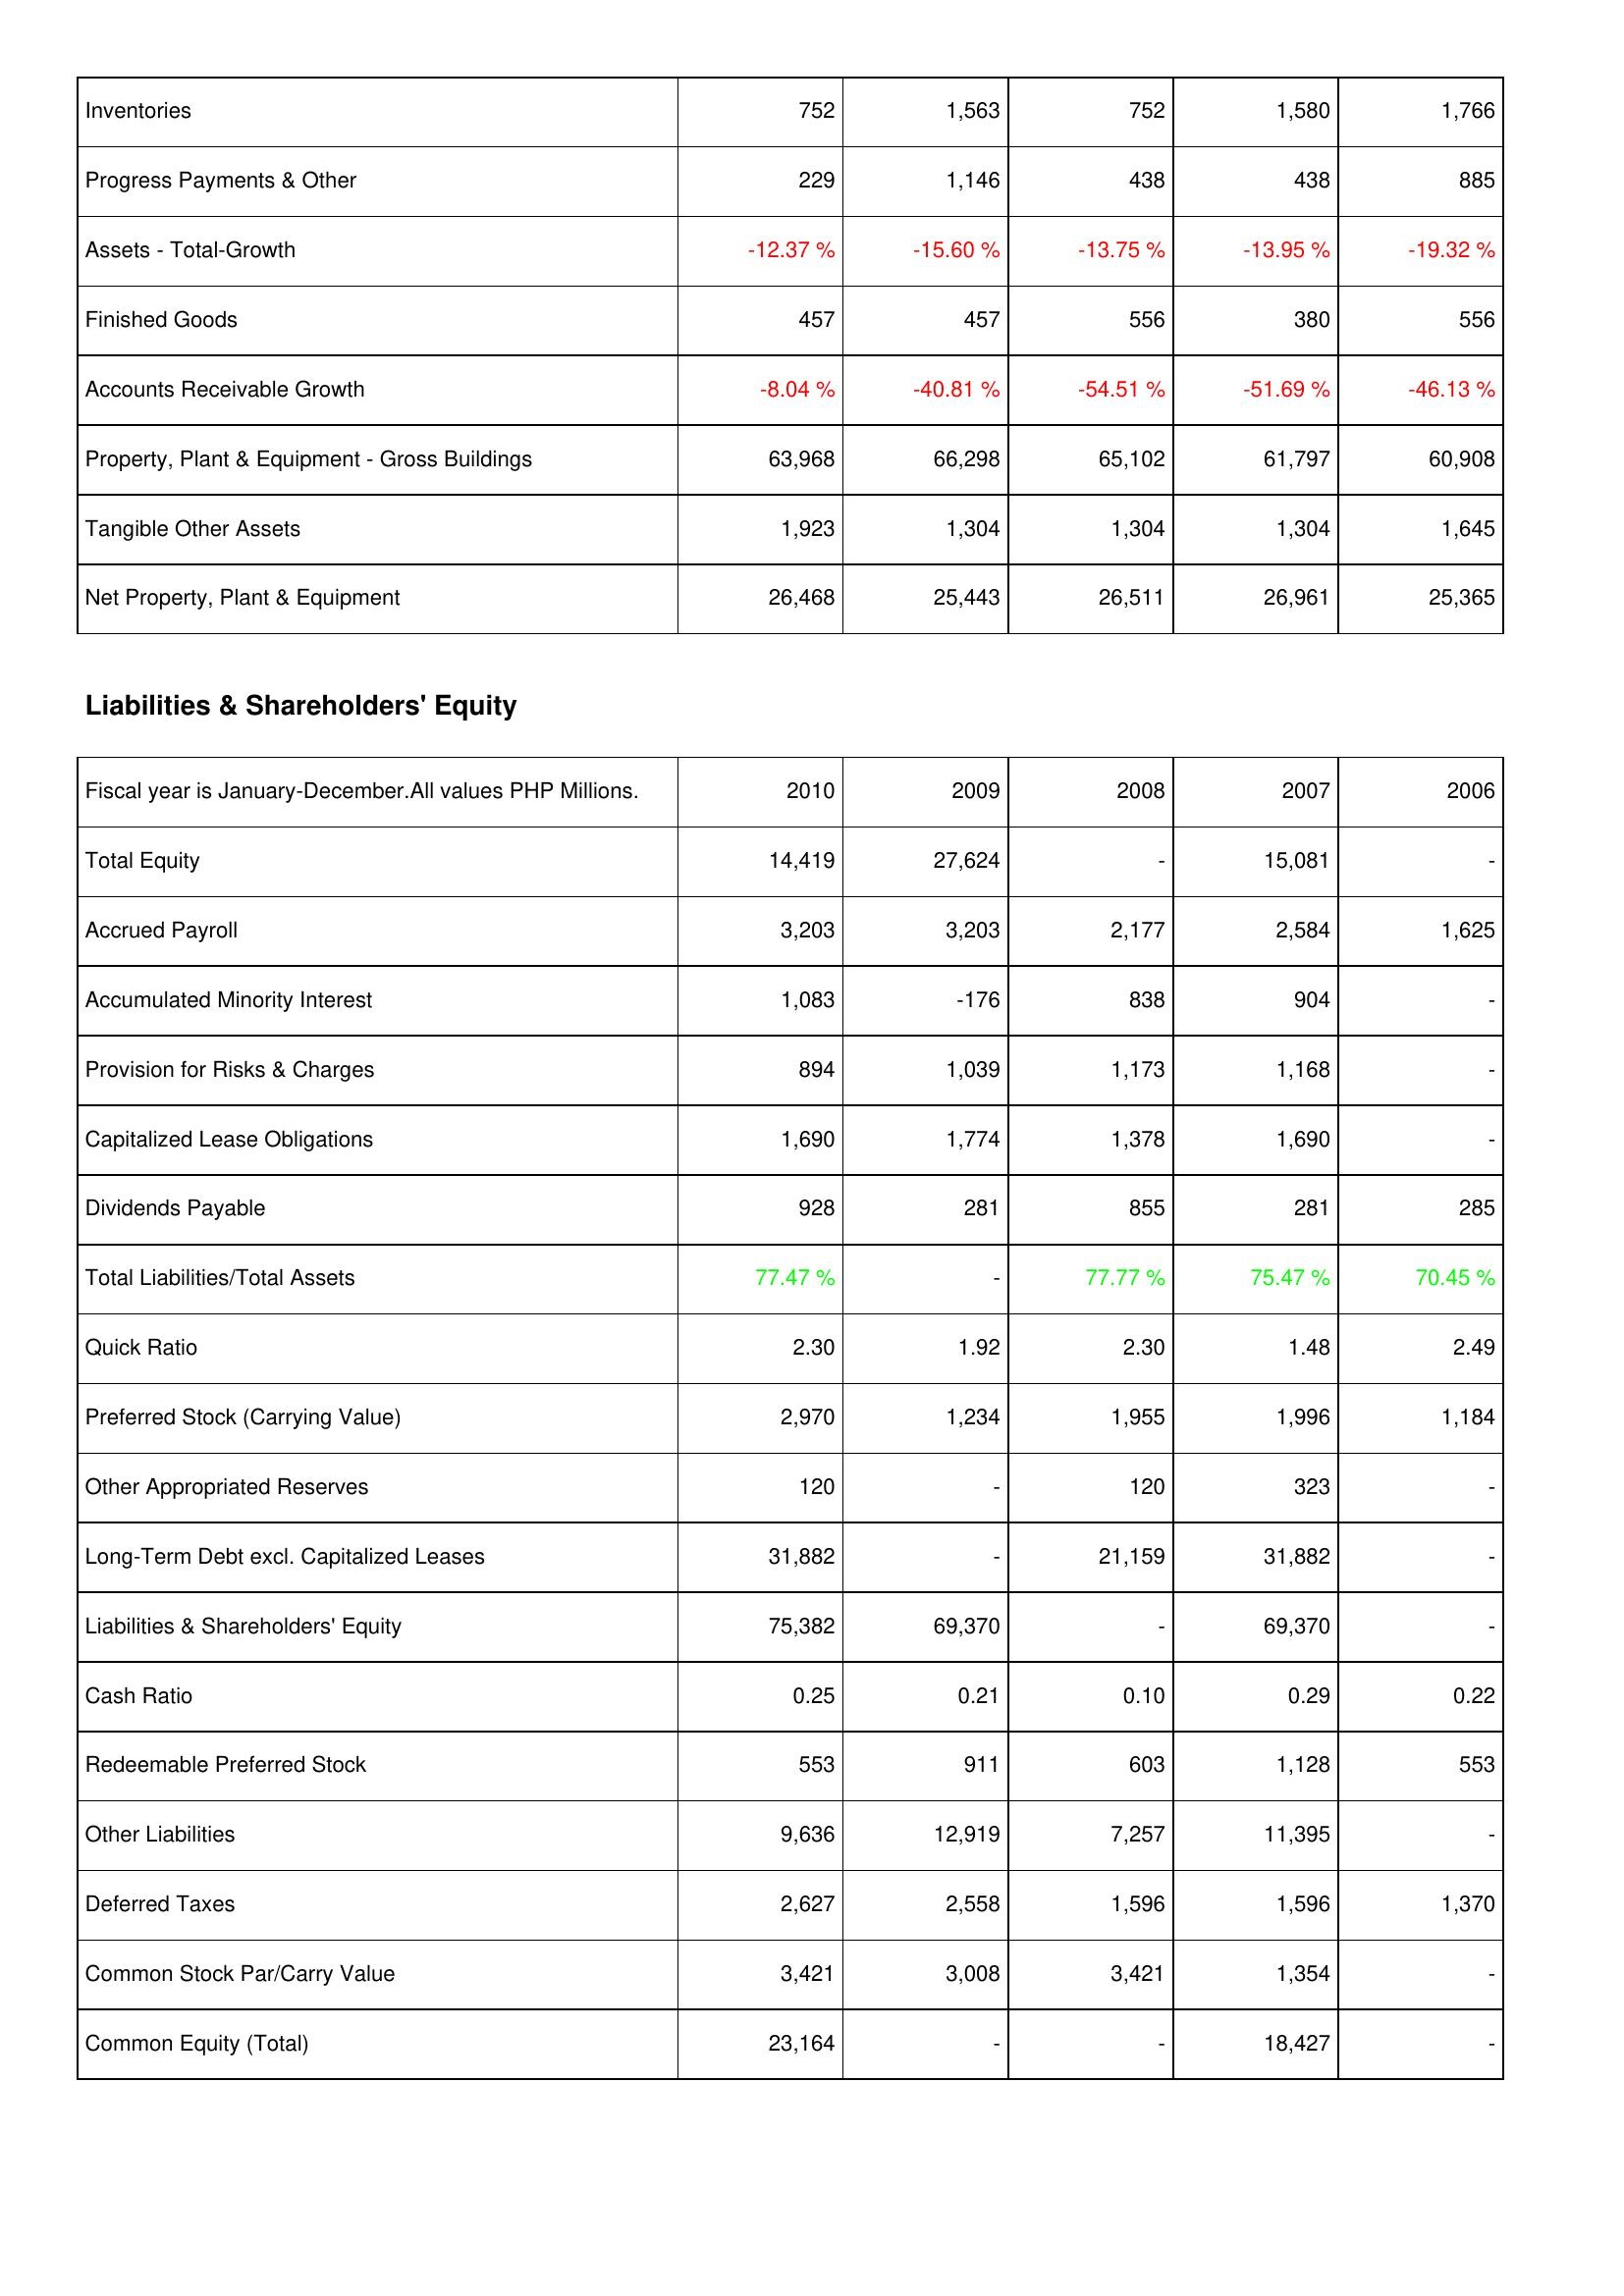
2010: Assets: Inventories: 752
Progress Payments & Other: 229
Assets - Total-Growth: -12.37 %
Finished Goods: 457
Accounts Receivable Growth: -8.04 %
Property, Plant & Equipment - Gross Buildings: 63,968
Tangible Other Assets: 1,923
Net Property, Plant & Equipment: 26,468
Liabilities & Shareholders' Equity: Total Equity: 14,419
Accrued Payroll: 3,203
Accumulated Minority Interest: 1,083
Provision for Risks & Charges: 894
Capitalized Lease Obligations: 1,690
Dividends Payable: 928
Total Liabilities/Total Assets: 77.47 %
Quick Ratio: 2.30
Preferred Stock (Carrying Value): 2,970
Other Appropriated Reserves: 120
Long-Term Debt excl. Capitalized Leases: 31,882
Liabilities & Shareholders' Equity: 75,382
Cash Ratio: 0.25
Redeemable Preferred Stock: 553
Other Liabilities: 9,636
Deferred Taxes: 2,627
Common Stock Par/Carry Value: 3,421
Common Equity (Total): 23,164
2009: Assets: Inventories: 1,563
Progress Payments & Other: 1,146
Assets - Total-Growth: -15.60 %
Finished Goods: 457
Accounts Receivable Growth: -40.81 %
Property, Plant & Equipment - Gross Buildings: 66,298
Tangible Other Assets: 1,304
Net Property, Plant & Equipment: 25,443
Liabilities & Shareholders' Equity: Total Equity: 27,624
Accrued Payroll: 3,203
Accumulated Minority Interest: -176
Provision for Risks & Charges: 1,039
Capitalized Lease Obligations: 1,774
Dividends Payable: 281
Total Liabilities/Total Assets: -
Quick Ratio: 1.92
Preferred Stock (Carrying Value): 1,234
Other Appropriated Reserves: -
Long-Term Debt excl. Capitalized Leases: -
Liabilities & Shareholders' Equity: 69,370
Cash Ratio: 0.21
Redeemable Preferred Stock: 911
Other Liabilities: 12,919
Deferred Taxes: 2,558
Common Stock Par/Carry Value: 3,008
Common Equity (Total): -
2008: Assets: Inventories: 752
Progress Payments & Other: 438
Assets - Total-Growth: -13.75 %
Finished Goods: 556
Accounts Receivable Growth: -54.51 %
Property, Plant & Equipment - Gross Buildings: 65,102
Tangible Other Assets: 1,304
Net Property, Plant & Equipment: 26,511
Liabilities & Shareholders' Equity: Total Equity: -
Accrued Payroll: 2,177
Accumulated Minority Interest: 838
Provision for Risks & Charges: 1,173
Capitalized Lease Obligations: 1,378
Dividends Payable: 855
Total Liabilities/Total Assets: 77.77 %
Quick Ratio: 2.30
Preferred Stock (Carrying Value): 1,955
Other Appropriated Reserves: 120
Long-Term Debt excl. Capitalized Leases: 21,159
Liabilities & Shareholders' Equity: -
Cash Ratio: 0.10
Redeemable Preferred Stock: 603
Other Liabilities: 7,257
Deferred Taxes: 1,596
Common Stock Par/Carry Value: 3,421
Common Equity (Total): -
2007: Assets: Inventories: 1,580
Progress Payments & Other: 438
Assets - Total-Growth: -13.95 %
Finished Goods: 380
Accounts Receivable Growth: -51.69 %
Property, Plant & Equipment - Gross Buildings: 61,797
Tangible Other Assets: 1,304
Net Property, Plant & Equipment: 26,961
Liabilities & Shareholders' Equity: Total Equity: 15,081
Accrued Payroll: 2,584
Accumulated Minority Interest: 904
Provision for Risks & Charges: 1,168
Capitalized Lease Obligations: 1,690
Dividends Payable: 281
Total Liabilities/Total Assets: 75.47 %
Quick Ratio: 1.48
Preferred Stock (Carrying Value): 1,996
Other Appropriated Reserves: 323
Long-Term Debt excl. Capitalized Leases: 31,882
Liabilities & Shareholders' Equity: 69,370
Cash Ratio: 0.29
Redeemable Preferred Stock: 1,128
Other Liabilities: 11,395
Deferred Taxes: 1,596
Common Stock Par/Carry Value: 1,354
Common Equity (Total): 18,427
2006: Assets: Inventories: 1,766
Progress Payments & Other: 885
Assets - Total-Growth: -19.32 %
Finished Goods: 556
Accounts Receivable Growth: -46.13 %
Property, Plant & Equipment - Gross Buildings: 60,908
Tangible Other Assets: 1,645
Net Property, Plant & Equipment: 25,365
Liabilities & Shareholders' Equity: Total Equity: -
Accrued Payroll: 1,625
Accumulated Minority Interest: -
Provision for Risks & Charges: -
Capitalized Lease Obligations: -
Dividends Payable: 285
Total Liabilities/Total Assets: 70.45 %
Quick Ratio: 2.49
Preferred Stock (Carrying Value): 1,184
Other Appropriated Reserves: -
Long-Term Debt excl. Capitalized Leases: -
Liabilities & Shareholders' Equity: -
Cash Ratio: 0.22
Redeemable Preferred Stock: 553
Other Liabilities: -
Deferred Taxes: 1,370
Common Stock Par/Carry Value: -
Common Equity (Total): -